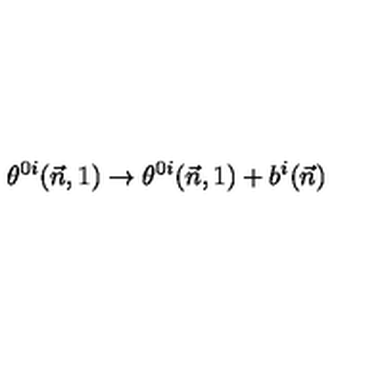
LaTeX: \theta ^ { 0 i } ( \vec { n } , 1 ) \to \theta ^ { 0 i } ( \vec { n } , 1 ) + b ^ { i } ( \vec { n } )